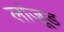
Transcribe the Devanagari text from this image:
लांजूड